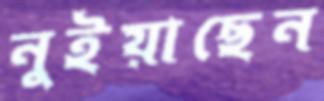
নুইয়াছেন